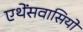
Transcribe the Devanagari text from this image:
एथेंसवासियों